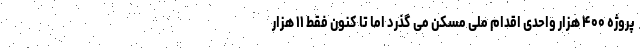
پروژه ۴۰۰ هزار واحدی اقدام ملی مسکن می گذرد اما تا کنون فقط ۱۱ هزار